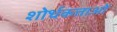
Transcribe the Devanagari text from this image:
शोर्धकत्ताओं